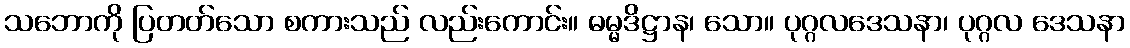
သဘောကို ပြတတ်သော စကားသည် လည်းကောင်း။ ဓမ္မဒိဋ္ဌာန၊ သော။ ပုဂ္ဂလဒေသနာ၊ ပုဂ္ဂလ ဒေသနာ